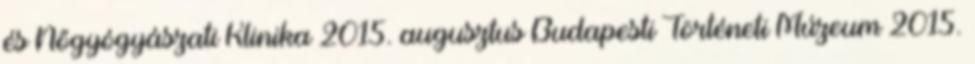
és Nőgyógyászati Klinika 2015. augusztus Budapesti Történeti Múzeum 2015.